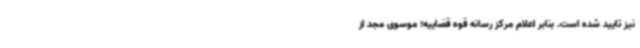
نیز تایید شده است. بنابر اعلام مرکز رسانه قوه قضاییه؛ موسوی مجد از